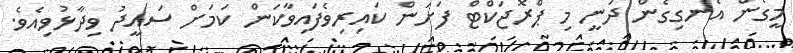
މީގެން އެނގިގެން ދަނީ މި ޕްރޮޖަކްޓް ފަށަން ކައިރިވެފައިވާކަން ކަމަށް ސައީދު ވިދާޅުވިއެވެ.